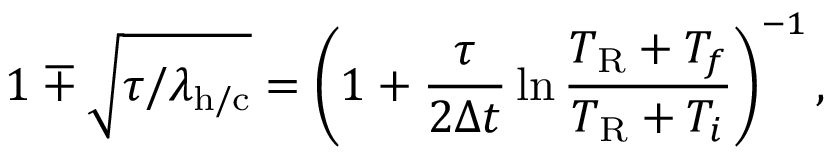
1 \mp \sqrt { { \tau } / { \lambda _ { \mathrm { h / c } } } } = \left( 1 + \frac { \tau } { 2 \Delta t } \ln \frac { T _ { \mathrm { R } } + T _ { f } } { T _ { \mathrm { R } } + T _ { i } } \right) ^ { - 1 } ,